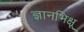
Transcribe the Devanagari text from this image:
ज्ञानभिक्षू